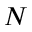
N